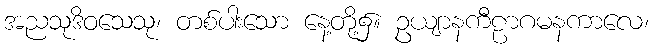
အညသုဒိဝသေသု၊ တစ်ပါးသော နေ့တို့၌။ ဥယျာနကီဠာဂမနကာလေ၊